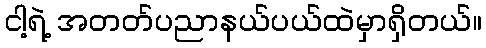
ငါ့ရဲ့ အတတ်ပညာနယ်ပယ်ထဲမှာရှိတယ်။